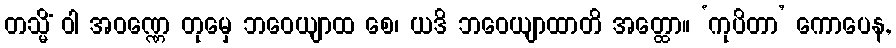
တသ္မိံ ဝါ အဝဏ္ဏေ တုမှေ ဘဝေယျာထ စေ၊ ယဒိ ဘဝေယျာထာတိ အတ္ထော။ ‘ကုပိတာ’ ကောပေန,